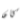
كان